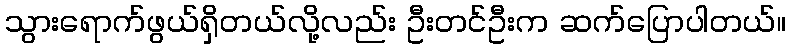
သွားရောက်ဖွယ်ရှိတယ်လို့လည်း ဦးတင်ဦးက ဆက်ပြောပါတယ်။